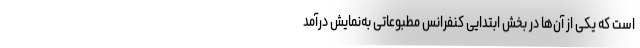
است که یکی از آن‌ها در بخش ابتدایی کنفرانس مطبوعاتی به‌نمایش درآمد